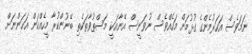
ނަމަވެސް އަހަރުމެންގެ ގުޅުމަށް މަހެއްވެސް ނުވަނީސް އޭނާއަކީ މަސްތުވާތަކެތި ބޭނުންކުރާ މީހެއްކަން އަހަންނަށް